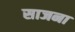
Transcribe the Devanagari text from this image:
साजना